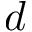
d